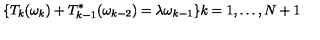
\lbrace T _ { k } ( \omega _ { k } ) + T _ { k - 1 } ^ { * } ( \omega _ { k - 2 } ) = \lambda \omega _ { k - 1 } \rbrace k = 1 , \dots , N + 1